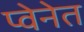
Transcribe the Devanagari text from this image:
प्वेनेत